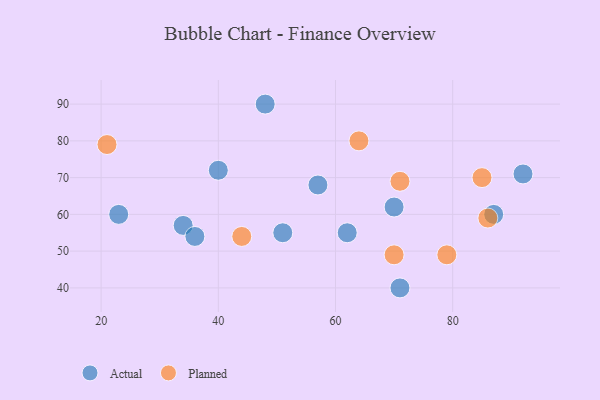
{"axis": {"x": "GDP", "y": "Life Expectancy"}, "legend": ["Actual", "Planned"], "data": [{"x": "57", "y": 68, "type": "Actual"}, {"x": "87", "y": 60, "type": "Actual"}, {"x": "51", "y": 55, "type": "Actual"}, {"x": "71", "y": 40, "type": "Actual"}, {"x": "92", "y": 71, "type": "Actual"}, {"x": "34", "y": 57, "type": "Actual"}, {"x": "48", "y": 90, "type": "Actual"}, {"x": "62", "y": 55, "type": "Actual"}, {"x": "23", "y": 60, "type": "Actual"}, {"x": "36", "y": 54, "type": "Actual"}, {"x": "40", "y": 72, "type": "Actual"}, {"x": "70", "y": 62, "type": "Actual"}, {"x": "86", "y": 59, "type": "Planned"}, {"x": "44", "y": 54, "type": "Planned"}, {"x": "85", "y": 70, "type": "Planned"}, {"x": "70", "y": 49, "type": "Planned"}, {"x": "21", "y": 79, "type": "Planned"}, {"x": "64", "y": 80, "type": "Planned"}, {"x": "79", "y": 49, "type": "Planned"}, {"x": "71", "y": 69, "type": "Planned"}]}